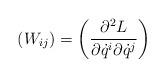
LaTeX: \begin{align*} \left(W_{ij}\right)=\left(\frac{\partial^2 L}{\partial \dot{q}^i \partial \dot{q}^j}\right)\end{align*}